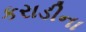
કરાડીના